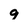
Character: 9